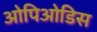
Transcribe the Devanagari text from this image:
ओपिओडिस